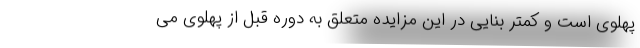
پهلوی است و کمتر بنایی در این مزایده متعلق به دوره قبل از پهلوی می